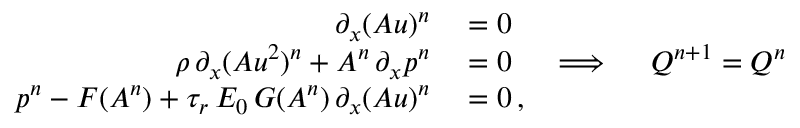
\begin{array} { r l } { \partial _ { x } ( A u ) ^ { n } } & { { } = 0 } \\ { \rho \, \partial _ { x } ( A u ^ { 2 } ) ^ { n } + A ^ { n } \, \partial _ { x } p ^ { n } } & { { } = 0 \quad \implies \quad \boldsymbol { Q } ^ { n + 1 } = \boldsymbol { Q } ^ { n } } \\ { p ^ { n } - F ( A ^ { n } ) + \tau _ { r } \, E _ { 0 } \, G ( A ^ { n } ) \, \partial _ { x } ( A u ) ^ { n } } & { { } = 0 \, , } \end{array}